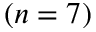
( n = 7 )